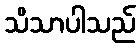
သိသာပါသည်